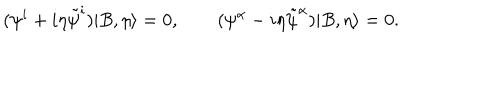
( \psi ^ { i } + i \eta \tilde { \psi } ^ { i } ) | B , \eta \rangle = 0 , \qquad ( \psi ^ { \alpha } - i \eta \tilde { \psi } ^ { \alpha } ) | B , \eta \rangle = 0 .